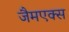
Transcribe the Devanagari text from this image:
जैमएक्स